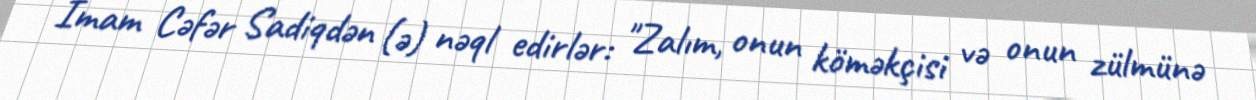
İmam Cəfər Sadiqdən (ə) nəql edirlər: "Zalım, onun köməkçisi və onun zülmünə